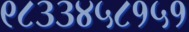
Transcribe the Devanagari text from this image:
९८३३४५८१५१